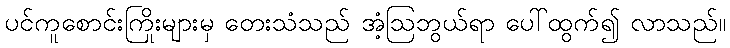
ပင်ကူစောင်းကြိုးများမှ တေးသံသည် အံ့ဩဘွယ်ရာ ပေါ်ထွက်၍ လာသည်။